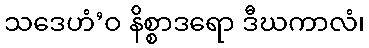
သဒေဟံ’ဝ နိစ္စာဒရော ဒီဃကာလံ၊